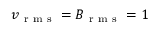
v _ { \mathrm { ~ r ~ m ~ s ~ } } = B _ { \mathrm { ~ r ~ m ~ s ~ } } = 1